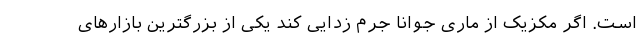
است. اگر مکزیک از ماری جوانا جرم زدایی کند یکی از بزرگترین بازارهای